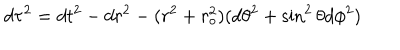
LaTeX: d \tau ^ { 2 } = d t ^ { 2 } - d r ^ { 2 } - ( r ^ { 2 } + r _ { o } ^ { 2 } ) ( d \theta ^ { 2 } + \sin ^ { 2 } \theta d \phi ^ { 2 } )